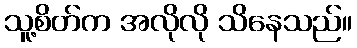
သူ့စိတ်က အလိုလို သိနေသည်။